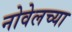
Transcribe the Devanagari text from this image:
नोवेलच्या